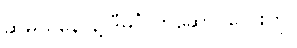
ဆိုမယ်နော်နဲ့ ဒီမင်္ဂလာဆောင်တေးကို။